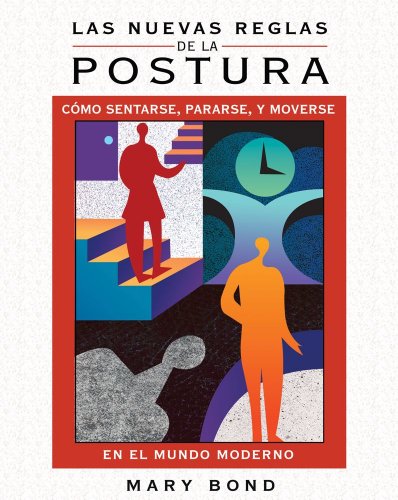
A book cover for Las nuevas reglas de la postura: CÃ³mo sentarse, pararse, y moverse en el mundo moderno (Spanish Edition); Mary Bond; Health, Fitness & Dieting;